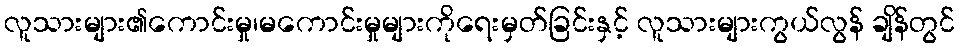
လူသားများ၏ကောင်းမှု၊မကောင်းမှုများကိုရေးမှတ်ခြင်းနှင့် လူသားများကွယ်လွန် ချိန်တွင်